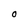
Character: O